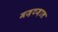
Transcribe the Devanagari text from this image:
मज़टज़ाल